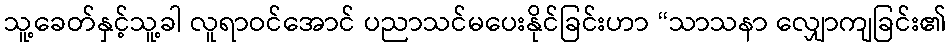
သူ့ခေတ်နှင့်သူ့ခါ လူရာဝင်အောင် ပညာသင်မပေးနိုင်ခြင်းဟာ “သာသနာ လျှောကျခြင်း၏